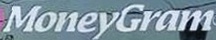
MoneyGram